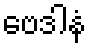
ဗေဒါနံ